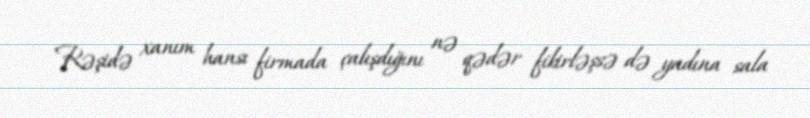
Rəşidə xanım hansı firmada çalışdığını nə qədər fikirləşsə də yadına sala